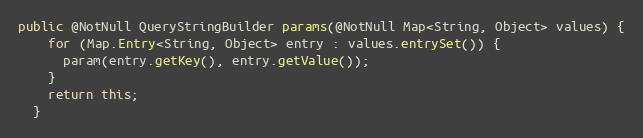
Language: Java
public @NotNull QueryStringBuilder params(@NotNull Map<String, Object> values) {
    for (Map.Entry<String, Object> entry : values.entrySet()) {
      param(entry.getKey(), entry.getValue());
    }
    return this;
  }